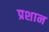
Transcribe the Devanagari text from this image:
प्रशान